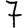
Digit: 7